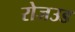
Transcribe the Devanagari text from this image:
रोजउड